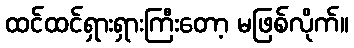
ထင်ထင်ရှားရှားကြီးတော့ မဖြစ်လိုက်။